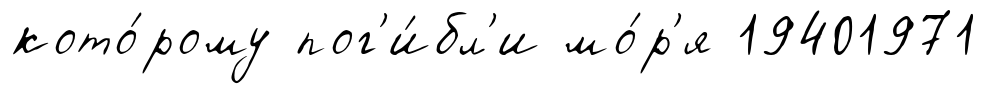
кото́рому пог'и́бл'и мо́р'я 19401971